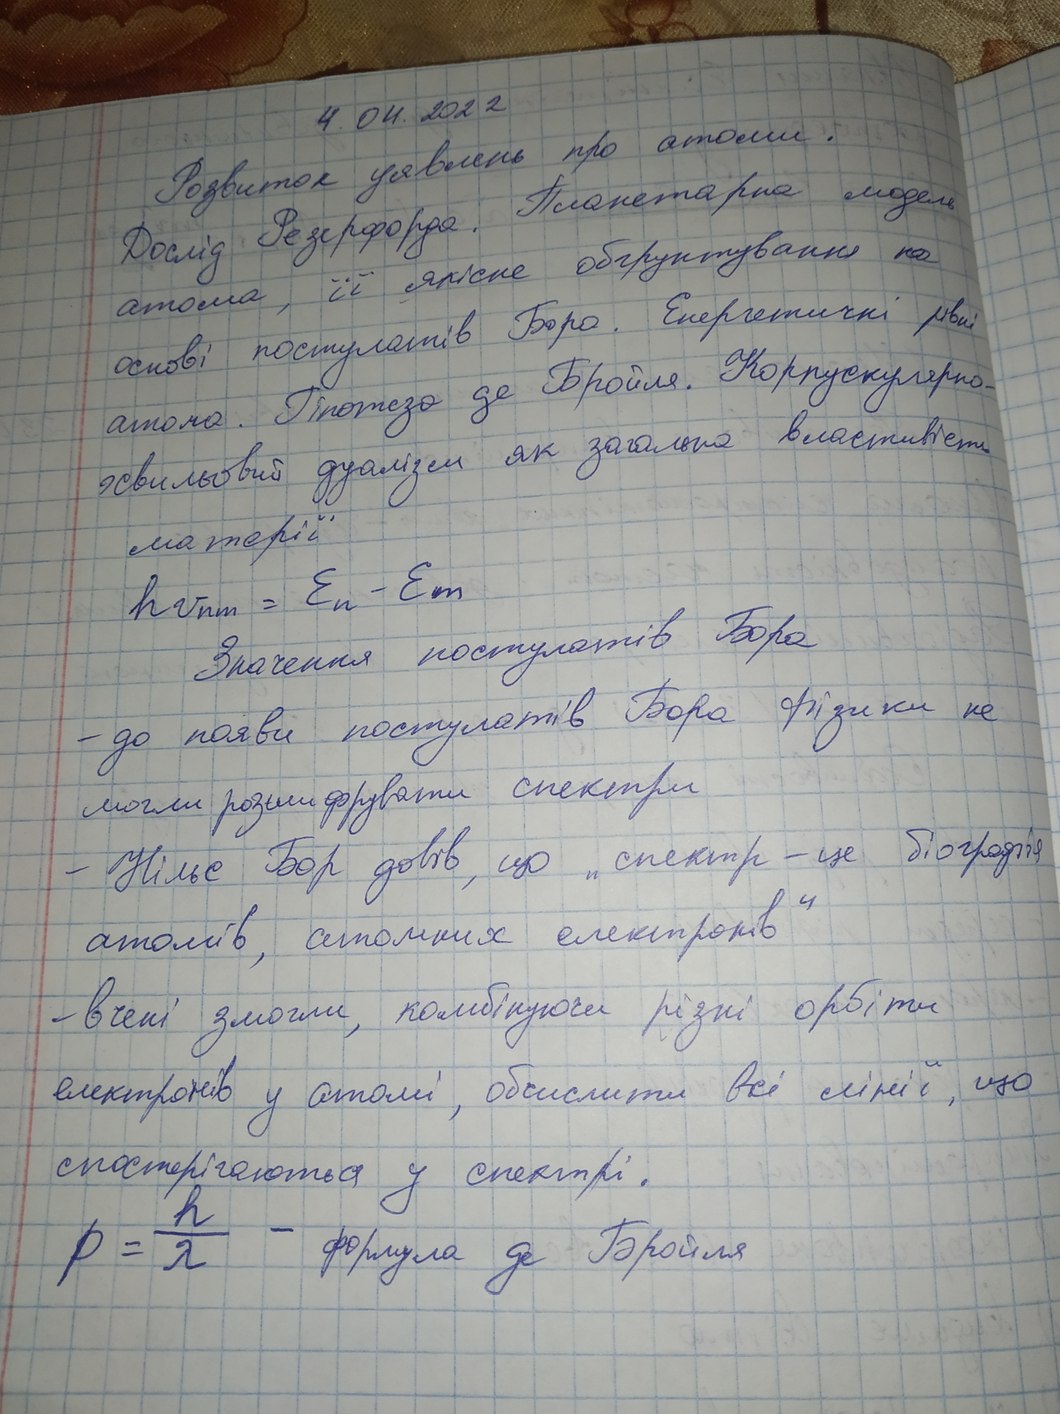
4. 04. 2022
Розвиток уявлень про атоми.
Дослід Резерфорда. Планетарна модель
атома, її якісне обґрунтування на
основі постулатів Бора. Енергетичні рівні
атома. Гіпотеза де Бройля. Корпускулярно-
хвильовий дуалізм як загальна властивість
матерії
h \nu_{nm} = E_n - E_m
Значення постулатів Бора
- до появи постулатів Бора фізики не
могли розшифрувати спектри
- Нільс Бор довів, що „спектр - це біографія
атомів, атомних електронів
- вчені змогли, комбінуючи різні орбіти
електронів у атомі, обчислити всі лінії, що
спостерігаються у спектрі.
p = \frac{h}{\lambda} - \text{формула де Бройля}